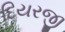
દિયરજી